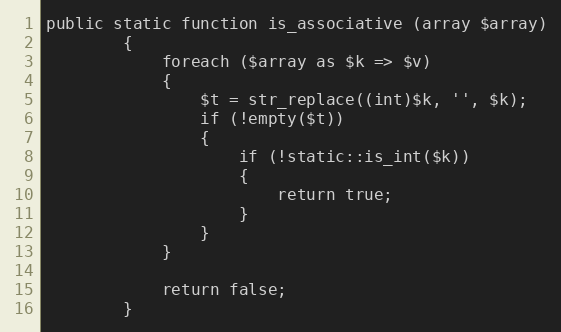
Language: PHP
public static function is_associative (array $array)
		{
			foreach ($array as $k => $v)
			{
				$t = str_replace((int)$k, '', $k);
				if (!empty($t))
				{
					if (!static::is_int($k))
					{
						return true;
					}
				}
			}

			return false;
		}